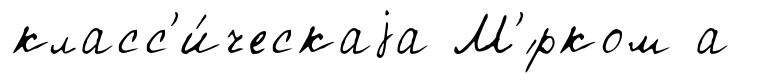
класс'и́ческаjа М'́рком а